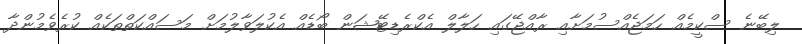
ލިބޭނެ ސްކީމެއް ހަމަޖެއްސުމަށާއި ރާއްޖޭގައި ހަލާލް އެކްރެޑިޓޭޝަން ބޯޑެއް އެކުލަވާލުމަށް މަސައްކަތްތަކެއް ކުރެވެމުންދާ